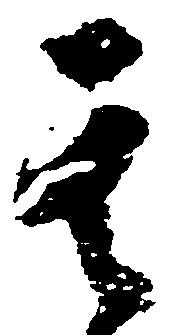
其